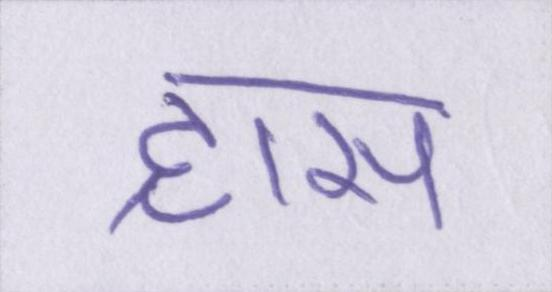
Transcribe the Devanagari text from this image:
ह्रास